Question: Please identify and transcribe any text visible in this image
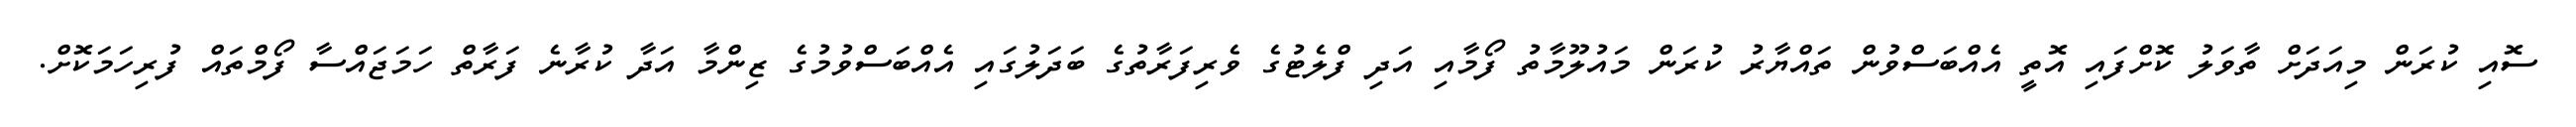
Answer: ސޮއި ކުރަން މިއަދަށް ތާވަލު ކޮށްފައި އޮތީ އެއްބަސްވުން ތައްޔާރު ކުރަން މައުލޫމާތު ފޯމާއި އަދި ފްލެޓުގެ ވެރިފަރާތުގެ ބަދަލުގައި އެއްބަސްވުމުގެ ޒިންމާ އަދާ ކުރާނެ ފަރާތް ހަމަޖައްސާ ފޯމްތައް ފުރިހަމަކޮށް.